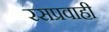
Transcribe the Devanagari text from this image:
रसप्रवाही